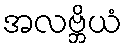
အလဗ္ဘိယံ